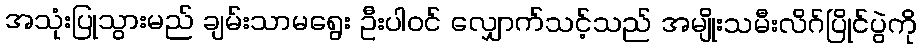
အသုံးပြုသွားမည် ချမ်းသာမရွေး ဦးပါဝင် လျှောက်သင့်သည် အမျိုးသမီးလိဂ်ပြိုင်ပွဲကို